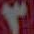
٣